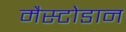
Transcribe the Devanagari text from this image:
मैस्टोडान